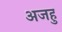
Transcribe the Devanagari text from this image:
अजहु